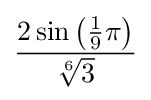
{\frac {2\sin \left({\frac {1}{9}}\pi \right)}{\sqrt[{6}]{3}}}